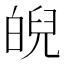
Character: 𤾆